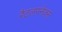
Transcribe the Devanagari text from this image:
रैटलस्नेक्स